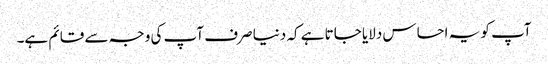
آپ کو یہ احساس دلایا جاتا ہے کہ دنیا صرف آپ کی وجہ سے قائم ہے۔